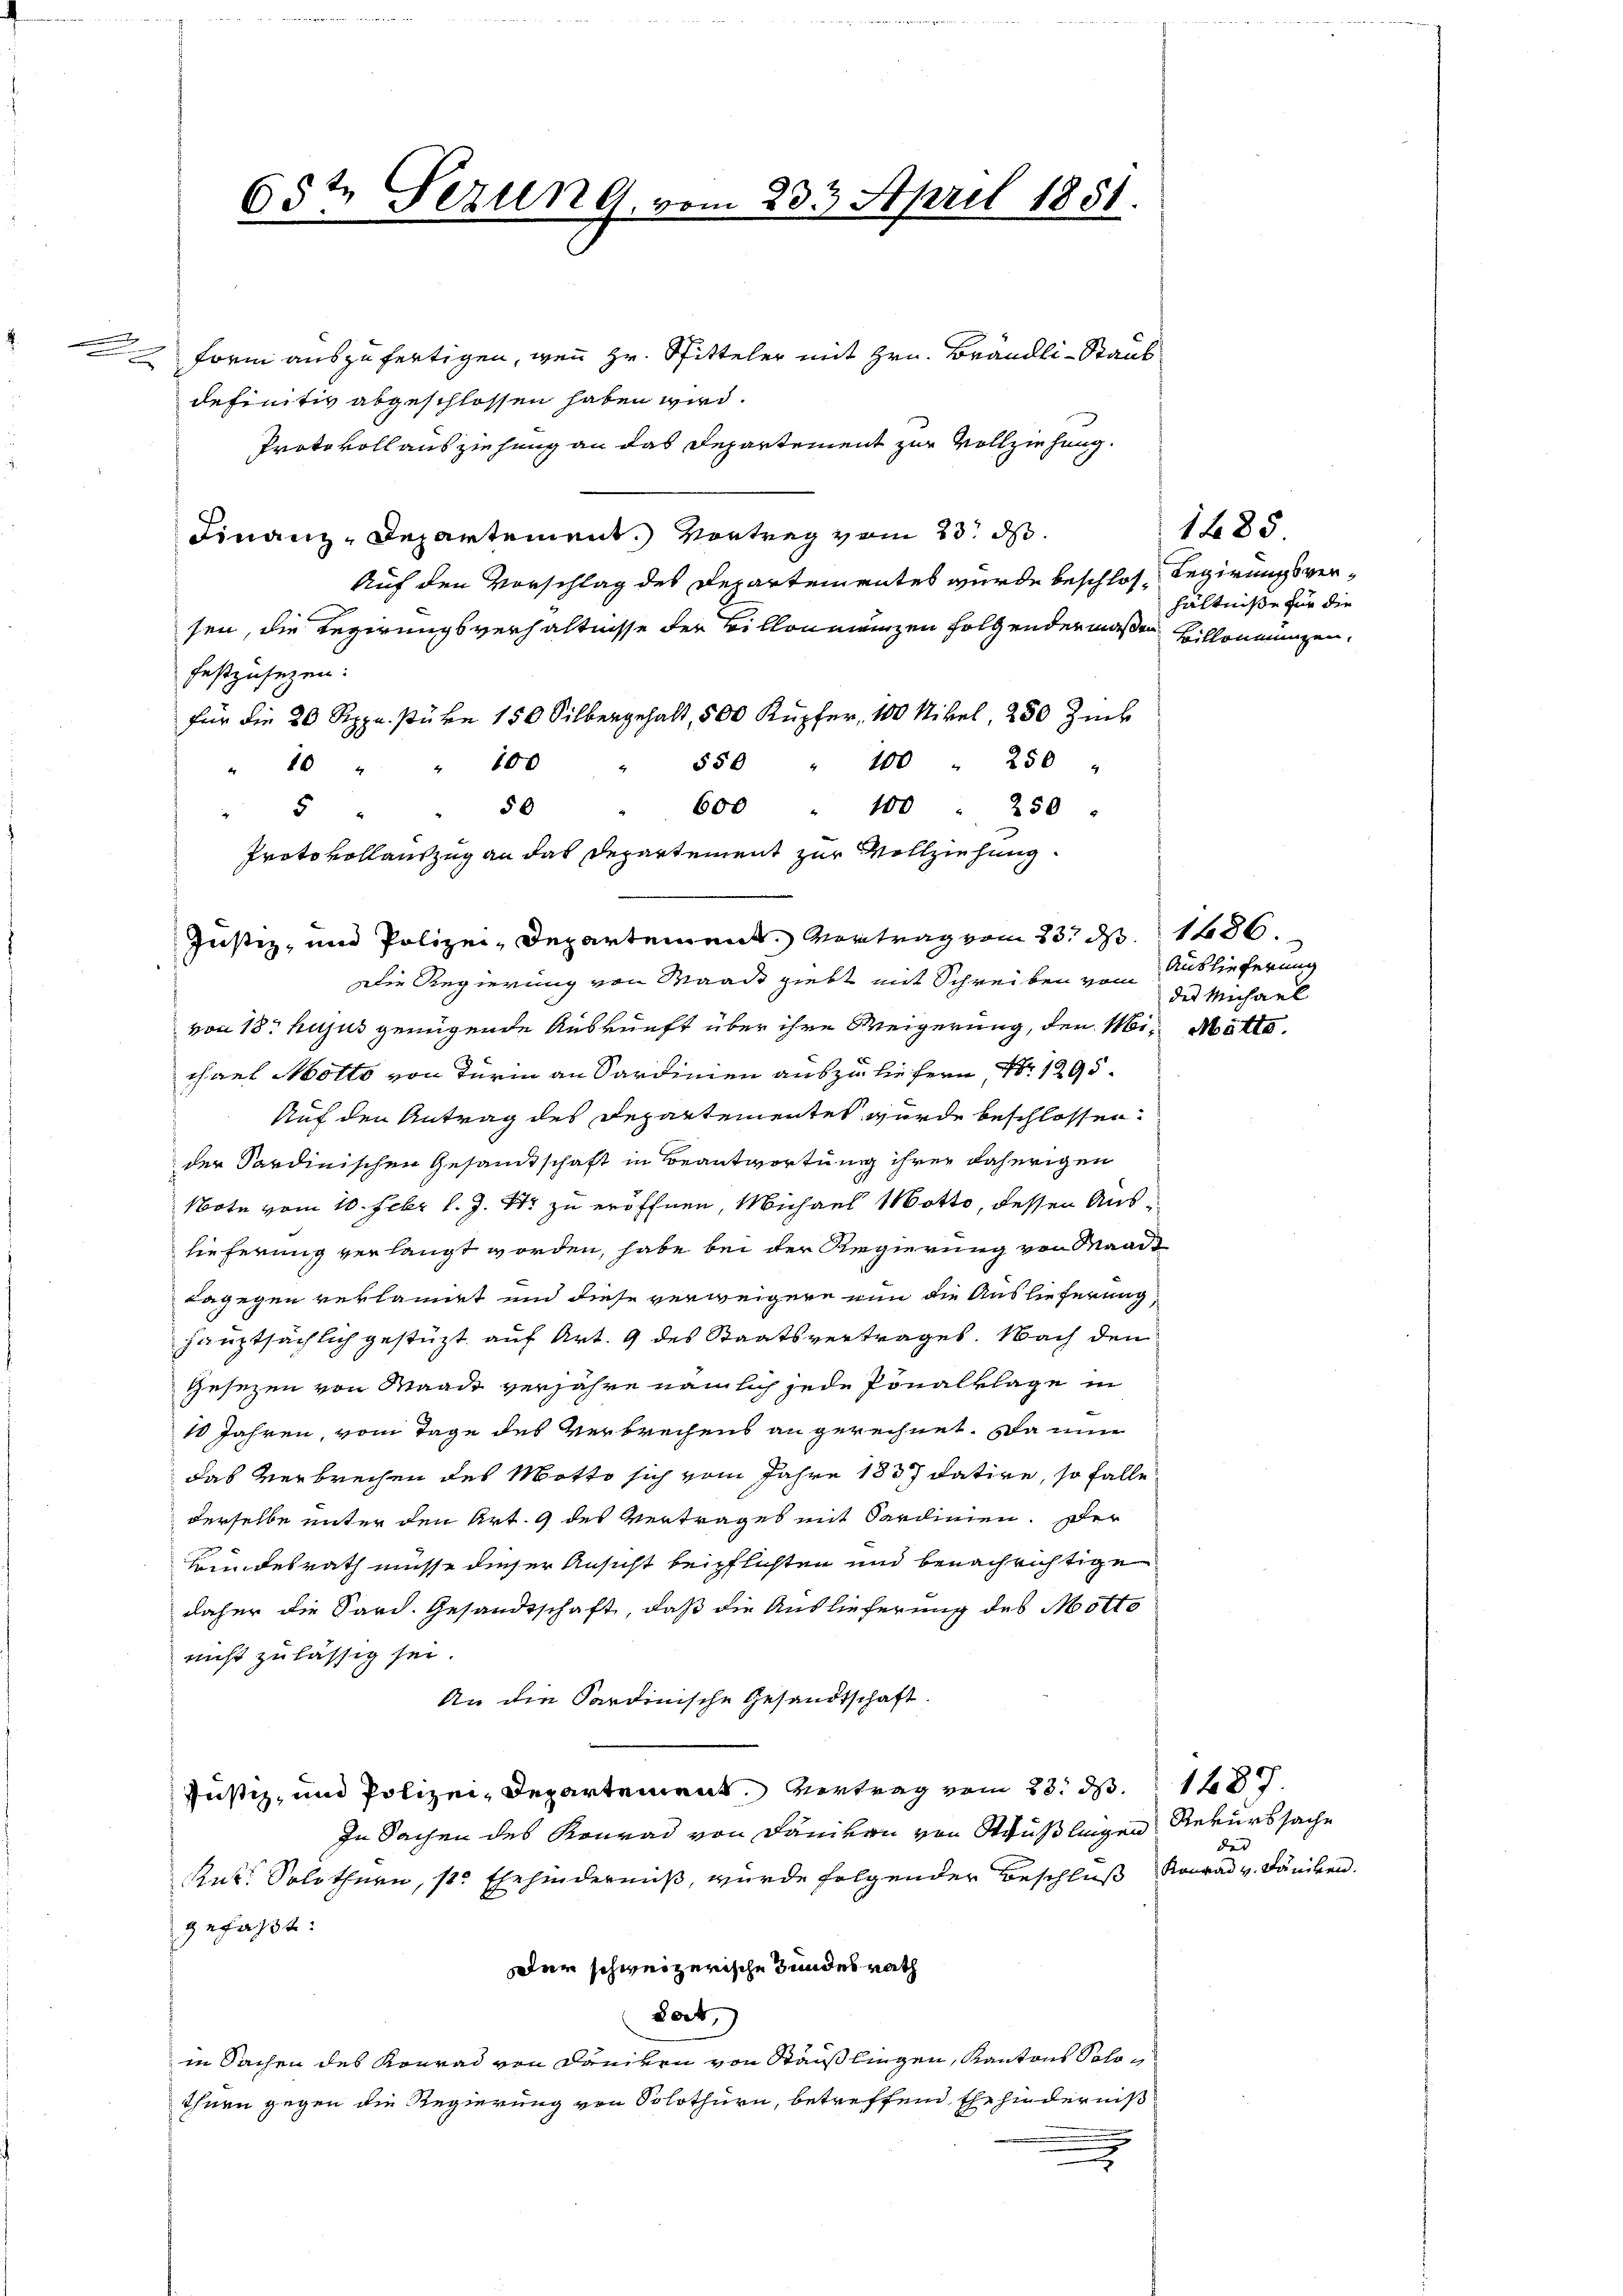
.

65t Fezung, vom 233. April 1851.

50
Protokollauszug an das Departement zur Vollziehung
Justiz- und Polizei-Departement Vertrag vom 23. d. 1486.

Form auszufertigen, wenn Hr. Spitteler mit Hrn. Brändli-Staub
definitiv abgeschlossen haben wird.
Protokoll ausziehung an das Departement zur Vollziehung.
Finanz-Departement. Vortrag vom 23. ds.
Auf den Vorschlag des Departementes wurde beschlos Regierungsversen, die Regirungsverhältnisse der Billon einzen Folgendermaßen Hillonmungen,
festzusezen:
für die 30 Rppn. Purn 150 Silbergehalt, 500 Kupfer, 100 Nikel, 280 Zuck
550 " 100 " 250 "
" 10 " " 100
600 " 100 . 250 :
5
Die Regierung von Waadt giebt mit Schreiben vom Auslieferung
von 18. hujus genügende Auskunft über ihre Weigerung, den Mi¬ Mötto.
chael Motto von Turin an Sardinien auszuliefern, Nr. 1295.
Auf den Antrag des Departementes wurde beschlossen.
der Sardinischen Gesamtschaft in Beantwortung ihrer daherigen
Note vom 10. Febr l. J. 17 zu eröffnen, Michael Motto, dessen Auslieferung verlangt worden, habe bei der Regierung von Waadt
dagegen verlannet und diese verweigere nun die Auslieferung,
hauptsächlich gestüzt auf Art. 9 des Staatsvertrages. Nach den
Gesezen von Waadt verjahre nämlich jede Ponalklage in
10 Jahren, vom Tage des Verbrechens an gerechnet. Da nun
das Verbrechen des Motto sich vom Jahre 1837 datire, so falle
derselbe unter den Art. 9 des Vertrages mit Sardinien. Der
Kundesrath müsse dieser Ansicht beipflichten und benachrichtige
daher die Sard. Gesandtschaft, daß die Auslieferung des Motto
nicht zulässig sei.
An die Sardinische Gesandtschaft
Justiz, und Polizei- Departement, Vertrag vom 23. d. 148.
In Sachen des Konrad von Daniven von Staußlingen
Rut. Solothurn, 1. Ehehinderniß, wurde folgender Beschluß Konrad v. Däniken.
gefaßt:
er schweizerische Bundesrath
Lort,
in Sachen des Konrad von Danken von Staußlingen, Kantons Polotheen gegen die Regierung von Solothurn, betreffend Ehehinderniß
u

1485
hältniße für die

des Michael

Rekurssache
der